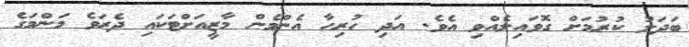
ބަދަލު ކުރުމަށް ގޮވައިލެއްވި އެވެ. އަދި ހުރިހާ އެންމެން މާޒީއަށްޓަކައި ދެރަވެ މަންމަގެ